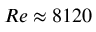
R e \approx 8 1 2 0